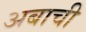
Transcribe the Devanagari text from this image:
अबाची